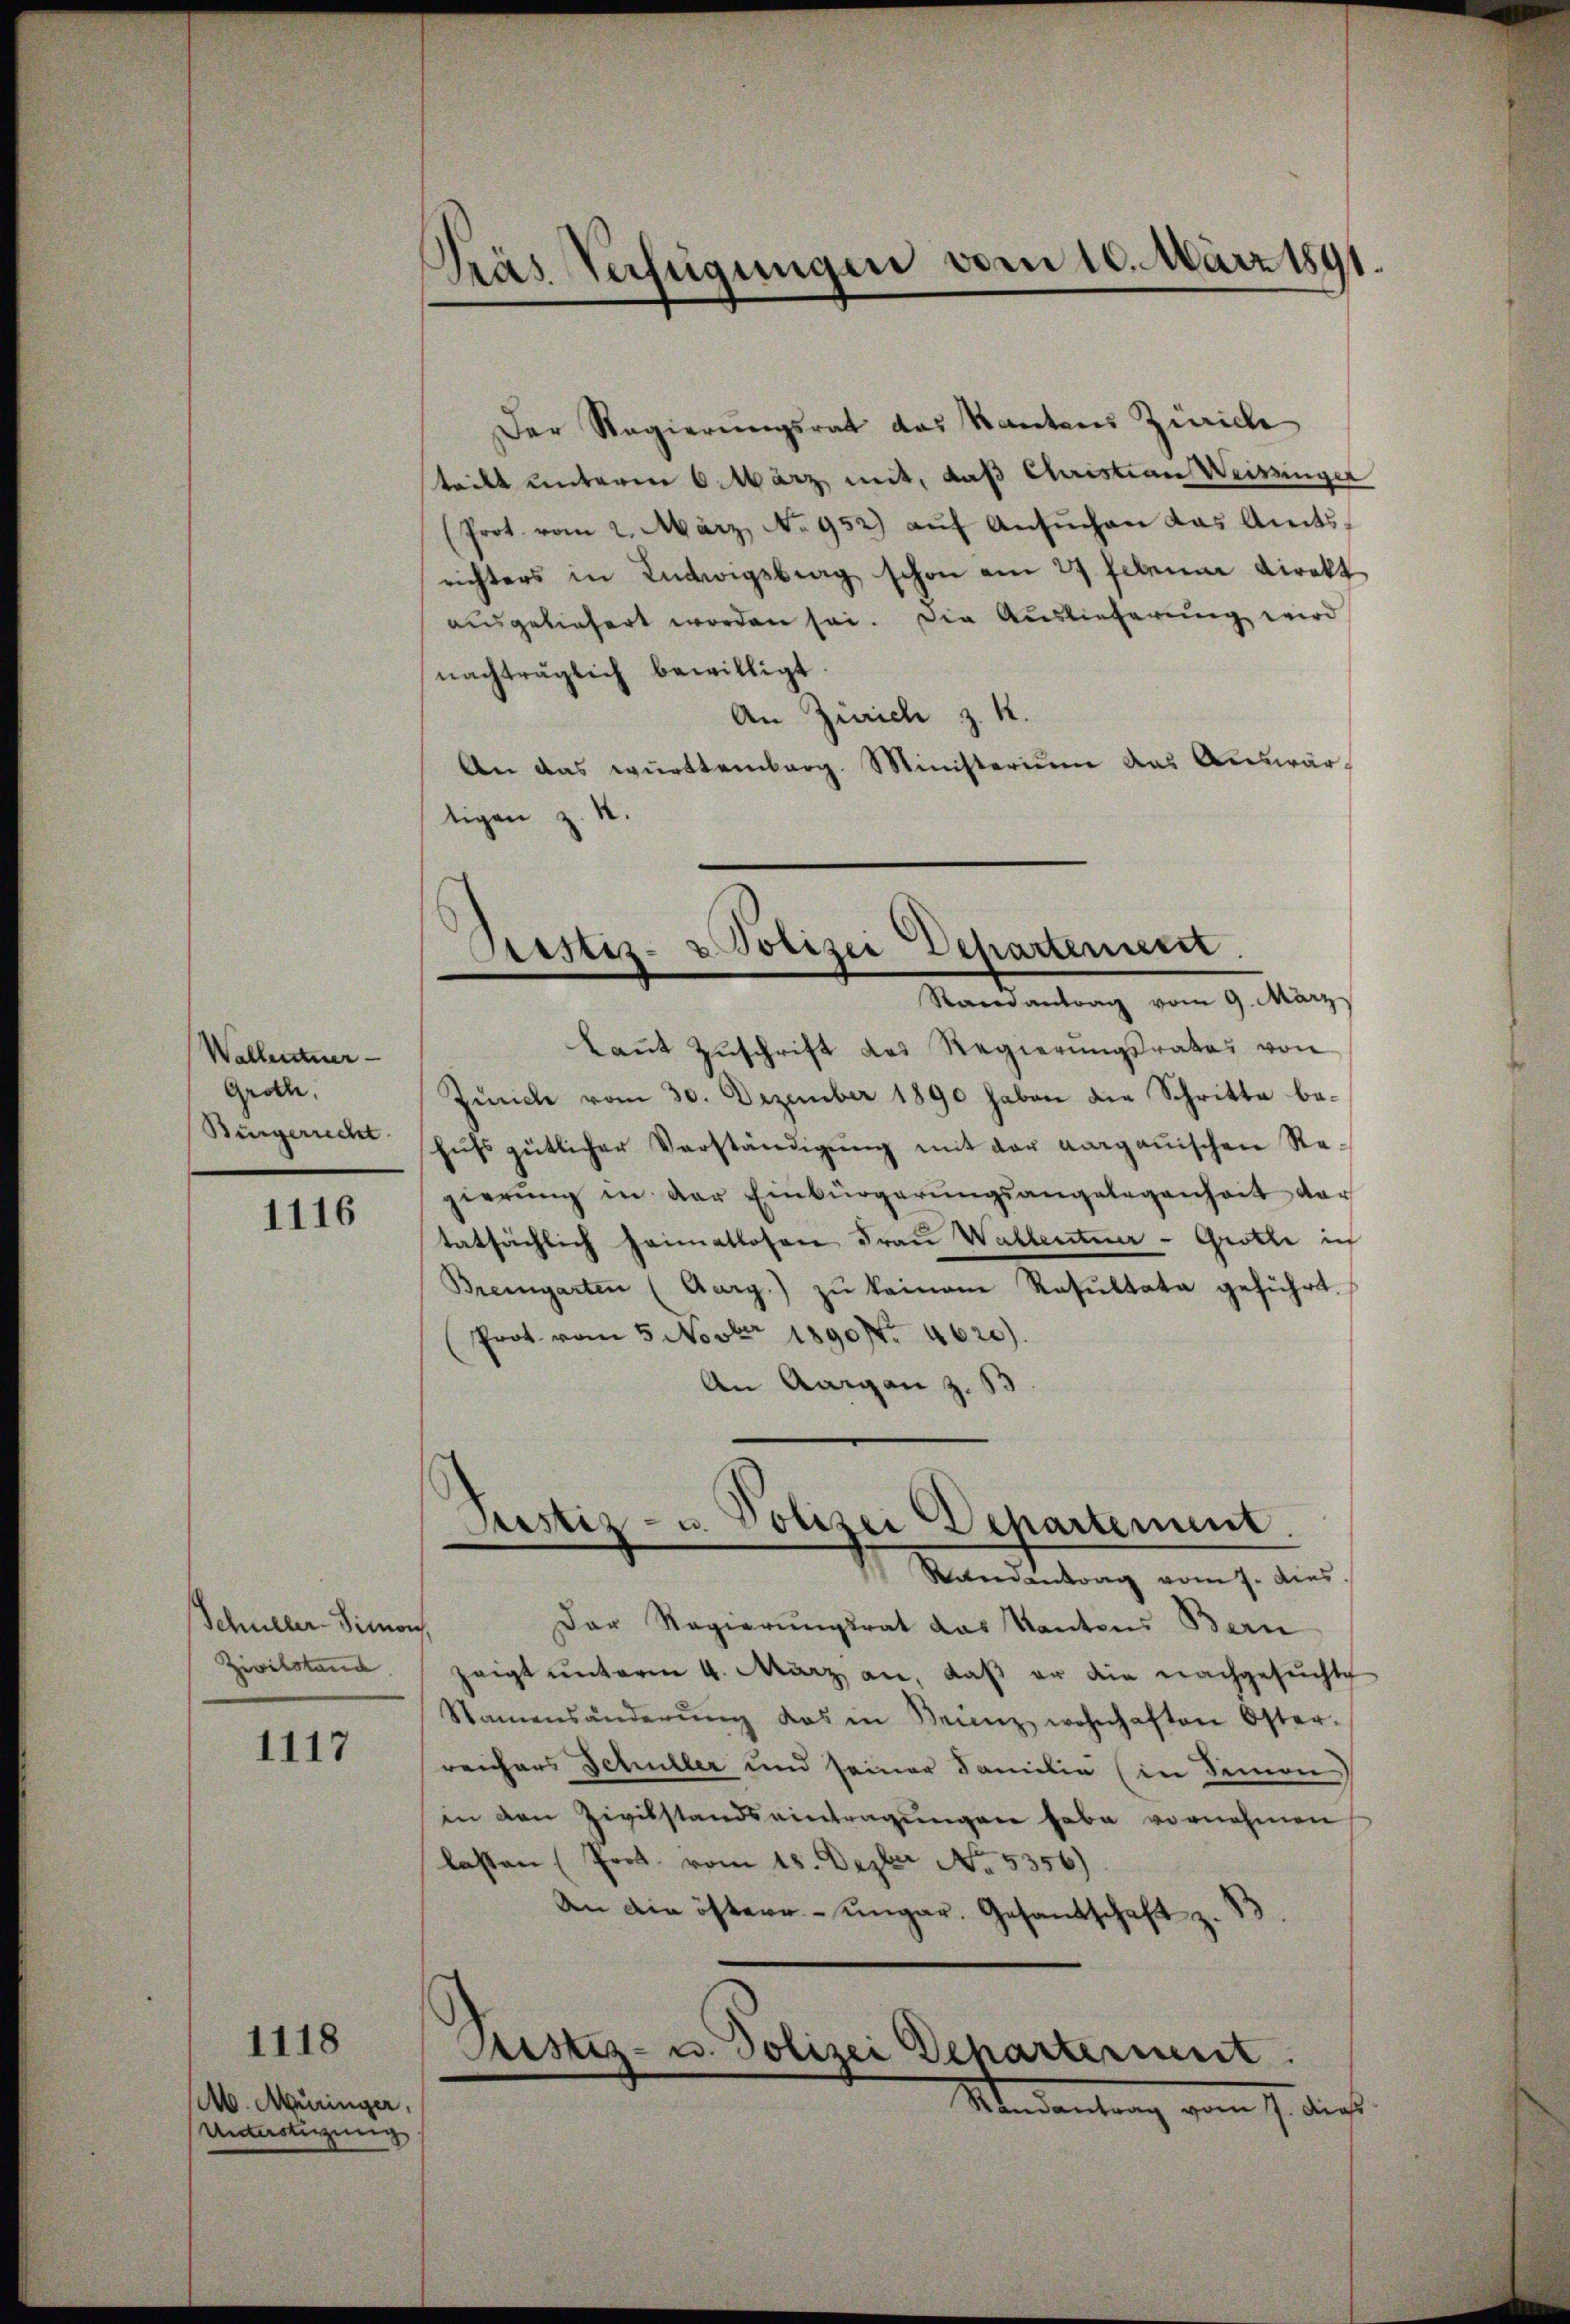
Wallentner-
Grolle,
Bürgerrecht

1116

Schuller-Simon
Zivilstand

1117

M. Müringer,
Untertigung

1118

Der Regierŭngsrat das Kantons Zürich
tritt unterm 6. März mit, daß Christian Weissinger
(Prot. vom 2. März, No 952) aŭf Ansŭchen das Amts-
richters in Ludwigsbrag schon am 27. Februar direkt
ausgeliefert worden sei. Die Auslieferung wird
nachträglich bewilligt
An Zürich z. K.
An das württemberg. Ministerium das Auswärtigen z. B.

Gras Verfügungen vom 10. März 1891.

Sistiz- & Polizei Departement.
Randantrag vom 9. März

kaṅt Zŭschrift des Regierŭngsrates von
Junche vom 30. Dezember 1890 haben die Schritte behŭfs gütlicher Verständigŭng mit der aarganischen Regierŭng in der Einbürgerŭngsangelegenheit der
tatsächlich heimatlosen Frau Wallentner - Grotte ich
Bremgarten (Aarg.) zŭ keinen Resŭltata geführt.
(Prot. vom 5 Novbr 1890. 4620).
An Aargau z. S
Pestiz- u. Polizei Departement.
Raeantrag vom 7. dies
Der Regierungsrat das Kantons Bern
.
zeigt unterm 4. März an, daß er die nachgesuchte
Namensänderŭng das in Benz wohnhaften Öster-
reichers Schüller und seiner Familie (in Simon
in den Zivilstandseintragungen habe vornehmen
lasten (Prot. vom 18. Dezbr No. 5356)
An die östere ungar. Gesandtschaft z. B.

Sistiz- u. Polizei Decharterient.
Randantrag vom 7. dies